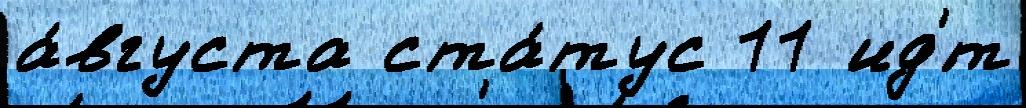
а́вгуста ста́тус 11 ид'́т